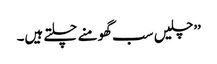
’’چلیں سب گھومنے چلتے ہیں۔